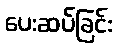
ပေးဆပ်ခြင်း